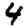
Digit: 4